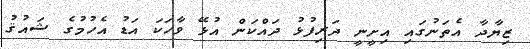
ޒިޔާދާ އެތަނުގައި އިށީނީ ދަރިފުޅު ދައްކަން އުޅޭ ވާހަކަ އަޑު އެހުމުގެ ޝައުޤު